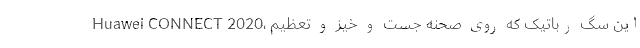
Huawei CONNECT 2020، این سگ رباتیک که روی صحنه جست و خیز و تعظیم